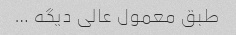
طبق معمول عالی دیگه …